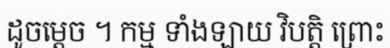
ដូចម្តេច ។ កម្ម ទាំងឡាយ វិបត្តិ ព្រោះ